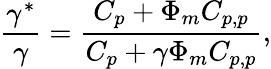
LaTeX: \frac{\gamma^{*}}{\gamma}=\frac{C_{p}+\Phi_{m}C_{p,p}}{C_{p}+\gamma\Phi_{m}C_{p,p}},